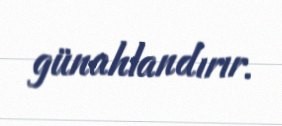
günahlandırır.